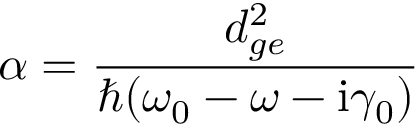
\alpha = \frac { d _ { g e } ^ { 2 } } { \hbar ( \omega _ { 0 } - \omega - \mathrm { i } \gamma _ { 0 } ) }